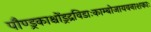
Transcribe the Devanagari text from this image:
पौण्ड्रकाश्चोंड्रद्रविडाःकाम्बोजायवनाशकाः